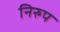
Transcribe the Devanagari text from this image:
निरुप